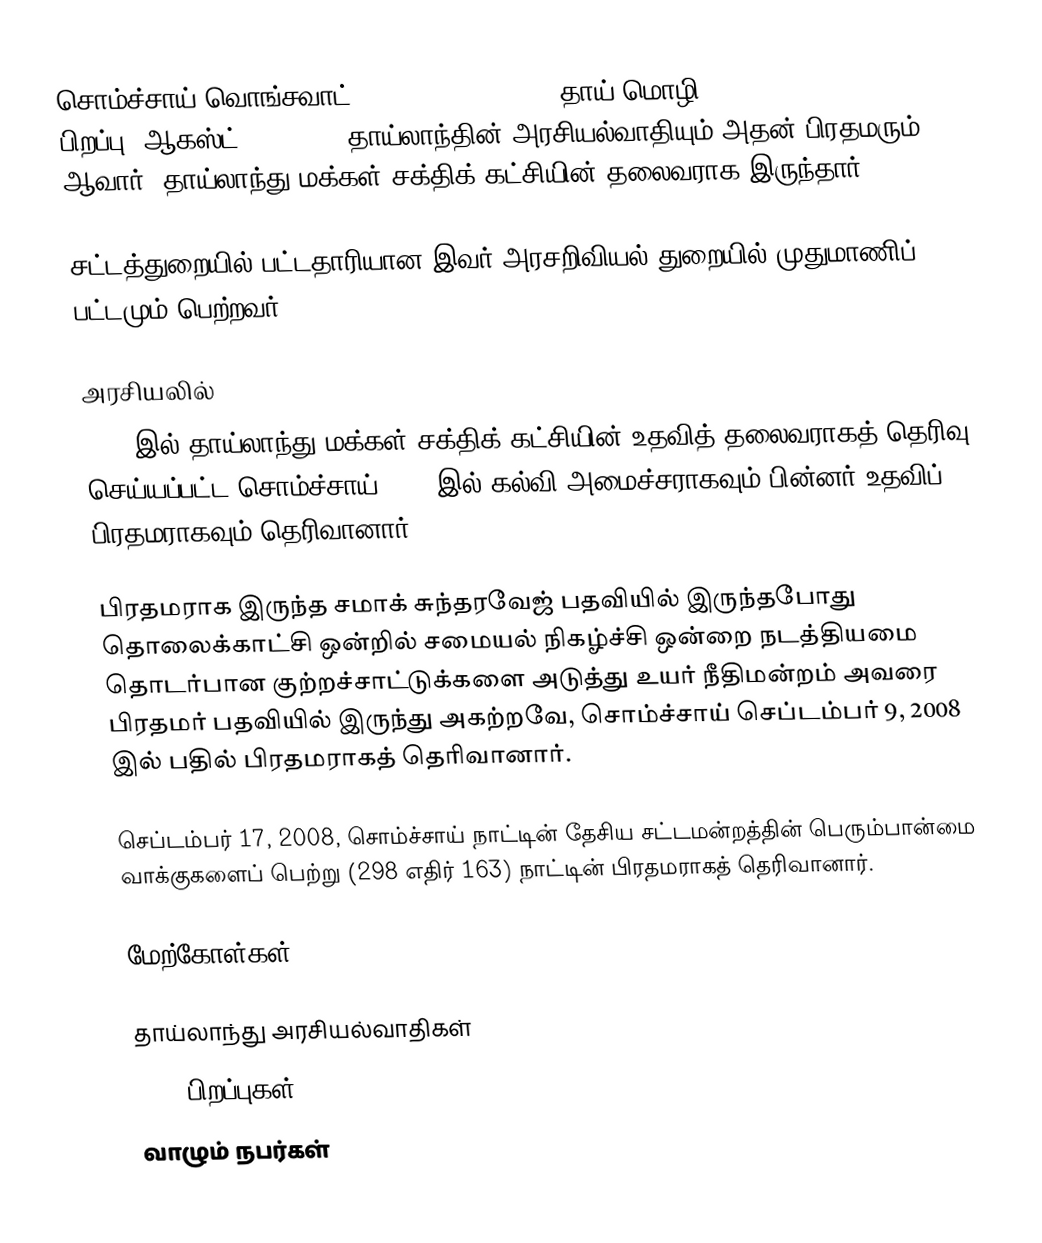
சொம்ச்சாய் வொங்சவாட் (Somchai Wongsawat, தாய் மொழி: สมชาย วงศ์สวัสดิ์, பிறப்பு: ஆகஸ்ட் 31, 1947) தாய்லாந்தின் அரசியல்வாதியும் அதன் பிரதமரும் ஆவார். தாய்லாந்து மக்கள் சக்திக் கட்சியின் தலைவராக இருந்தார்.

சட்டத்துறையில் பட்டதாரியான இவர் அரசறிவியல் துறையில் முதுமாணிப் பட்டமும் பெற்றவர்.

அரசியலில்
2007 இல் தாய்லாந்து மக்கள் சக்திக் கட்சியின் உதவித் தலைவராகத் தெரிவு செய்யப்பட்ட சொம்ச்சாய் 2008 இல் கல்வி அமைச்சராகவும் பின்னர் உதவிப் பிரதமராகவும் தெரிவானார்.

பிரதமராக இருந்த சமாக் சுந்தரவேஜ் பதவியில் இருந்தபோது தொலைக்காட்சி ஒன்றில் சமையல் நிகழ்ச்சி ஒன்றை நடத்தியமை தொடர்பான குற்றச்சாட்டுக்களை அடுத்து உயர் நீதிமன்றம் அவரை பிரதமர் பதவியில் இருந்து அகற்றவே, சொம்ச்சாய் செப்டம்பர் 9, 2008 இல் பதில் பிரதமராகத் தெரிவானார்.

செப்டம்பர் 17, 2008, சொம்ச்சாய் நாட்டின் தேசிய சட்டமன்றத்தின் பெரும்பான்மை வாக்குகளைப் பெற்று (298 எதிர் 163) நாட்டின் பிரதமராகத் தெரிவானார்.

மேற்கோள்கள்

தாய்லாந்து அரசியல்வாதிகள்
1947 பிறப்புகள்
வாழும் நபர்கள்